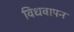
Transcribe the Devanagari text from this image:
विधवापन